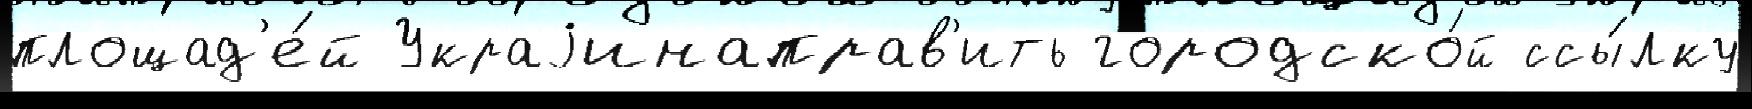
площад'е́й Украjинаправ'ить городско́й ссы́лку